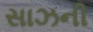
સાઝની